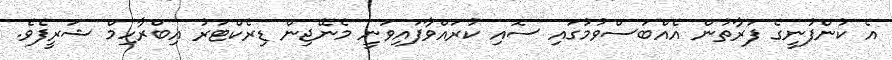
އެ ކުންފުނީގެ ފަރާތުން އެއްބަސްވުމުގައި ސޮއި ކުރައްވާފައިވަނީ މެނޭޖިން ޑިރެކްޓަރު އިބްރާހިމް ޝަރީފެވެ.